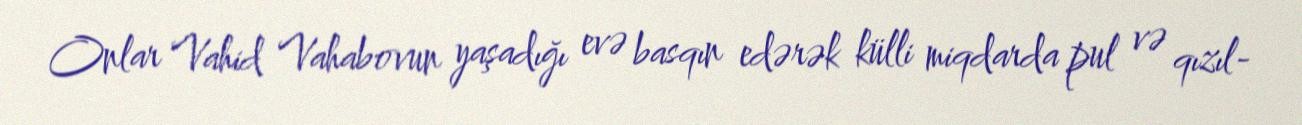
Onlar Vahid Vahabovun yaşadığı evə basqın edərək külli miqdarda pul və qızıl-